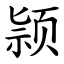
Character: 颕